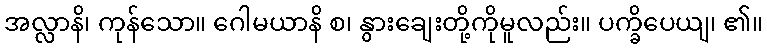
အလ္လာနိ၊ ကုန်သော။ ဂေါမယာနိ စ၊ နွားချေးတို့ကိုမူလည်း။ ပက္ခိပေယျ၊ ၏။